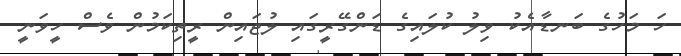
ހަ މަހުގެ ބަނޑާއެކު ވިލު ކުލައިގެ ޑަންގޭރީގައި ލުޖައިން ރީތިކަމުން ވެސް ހީވަނީ